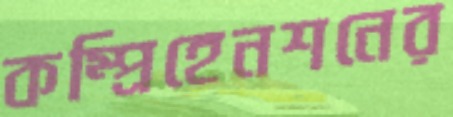
কম্প্রিহেনশনের